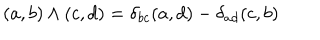
( a , b ) \wedge ( c , d ) = \delta _ { b c } ( a , d ) - \delta _ { a d } ( c , b )